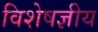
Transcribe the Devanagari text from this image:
विशेषज्ञीय